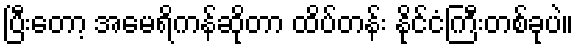
ပြီးတော့ အမေရိကန်ဆိုတာ ထိပ်တန်း နိုင်ငံကြီးတစ်ခုပဲ။